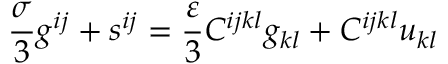
\frac { \sigma } 3 g ^ { i j } + s ^ { i j } = \frac { \varepsilon } 3 C ^ { i j k l } g _ { k l } + C ^ { i j k l } u _ { k l }